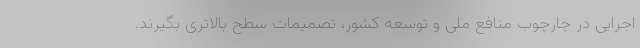
اجرایی در چارچوب منافع ملی و توسعه کشور، تصمیمات سطح بالاتری بگیرند.